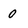
Character: 0